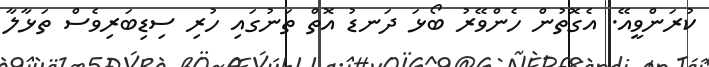
ކުރަންވީއޭ. އެގޮތުން ހެންވޭރު ބޯޅަ ދަނޑު އޮތް ތަނުގައި ހުރި ސިޑިބަރިވެސް ތަޅާލާ